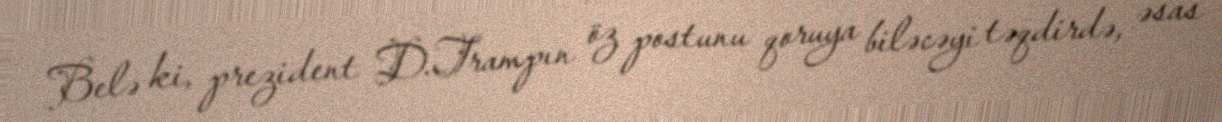
Belə ki, prezident D.Trampın öz postunu qoruya biləcəyi təqdirdə, əsas